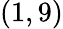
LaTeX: (1,9)